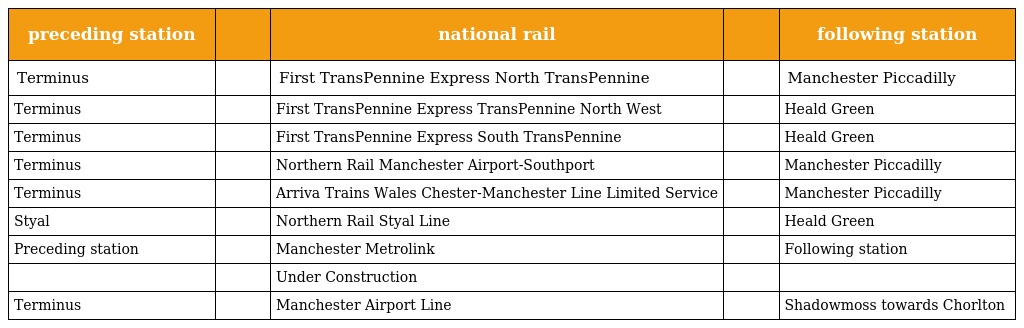
| preceding station |  | national rail |  | following station |
 | --- | --- | --- | --- | --- |
 | Terminus |  | First TransPennine Express North TransPennine |  | Manchester Piccadilly |
 | Terminus |  | First TransPennine Express TransPennine North West |  | Heald Green |
 | Terminus |  | First TransPennine Express South TransPennine |  | Heald Green |
 | Terminus |  | Northern Rail Manchester Airport-Southport |  | Manchester Piccadilly |
 | Terminus |  | Arriva Trains Wales Chester-Manchester Line Limited Service |  | Manchester Piccadilly |
 | Styal |  | Northern Rail Styal Line |  | Heald Green |
 | Preceding station |  | Manchester Metrolink |  | Following station |
 |  |  | Under Construction |  |  |
 | Terminus |  | Manchester Airport Line |  | Shadowmoss towards Chorlton |